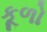
કૂળો